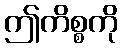
ဤကိစ္စကို